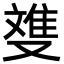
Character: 﨎